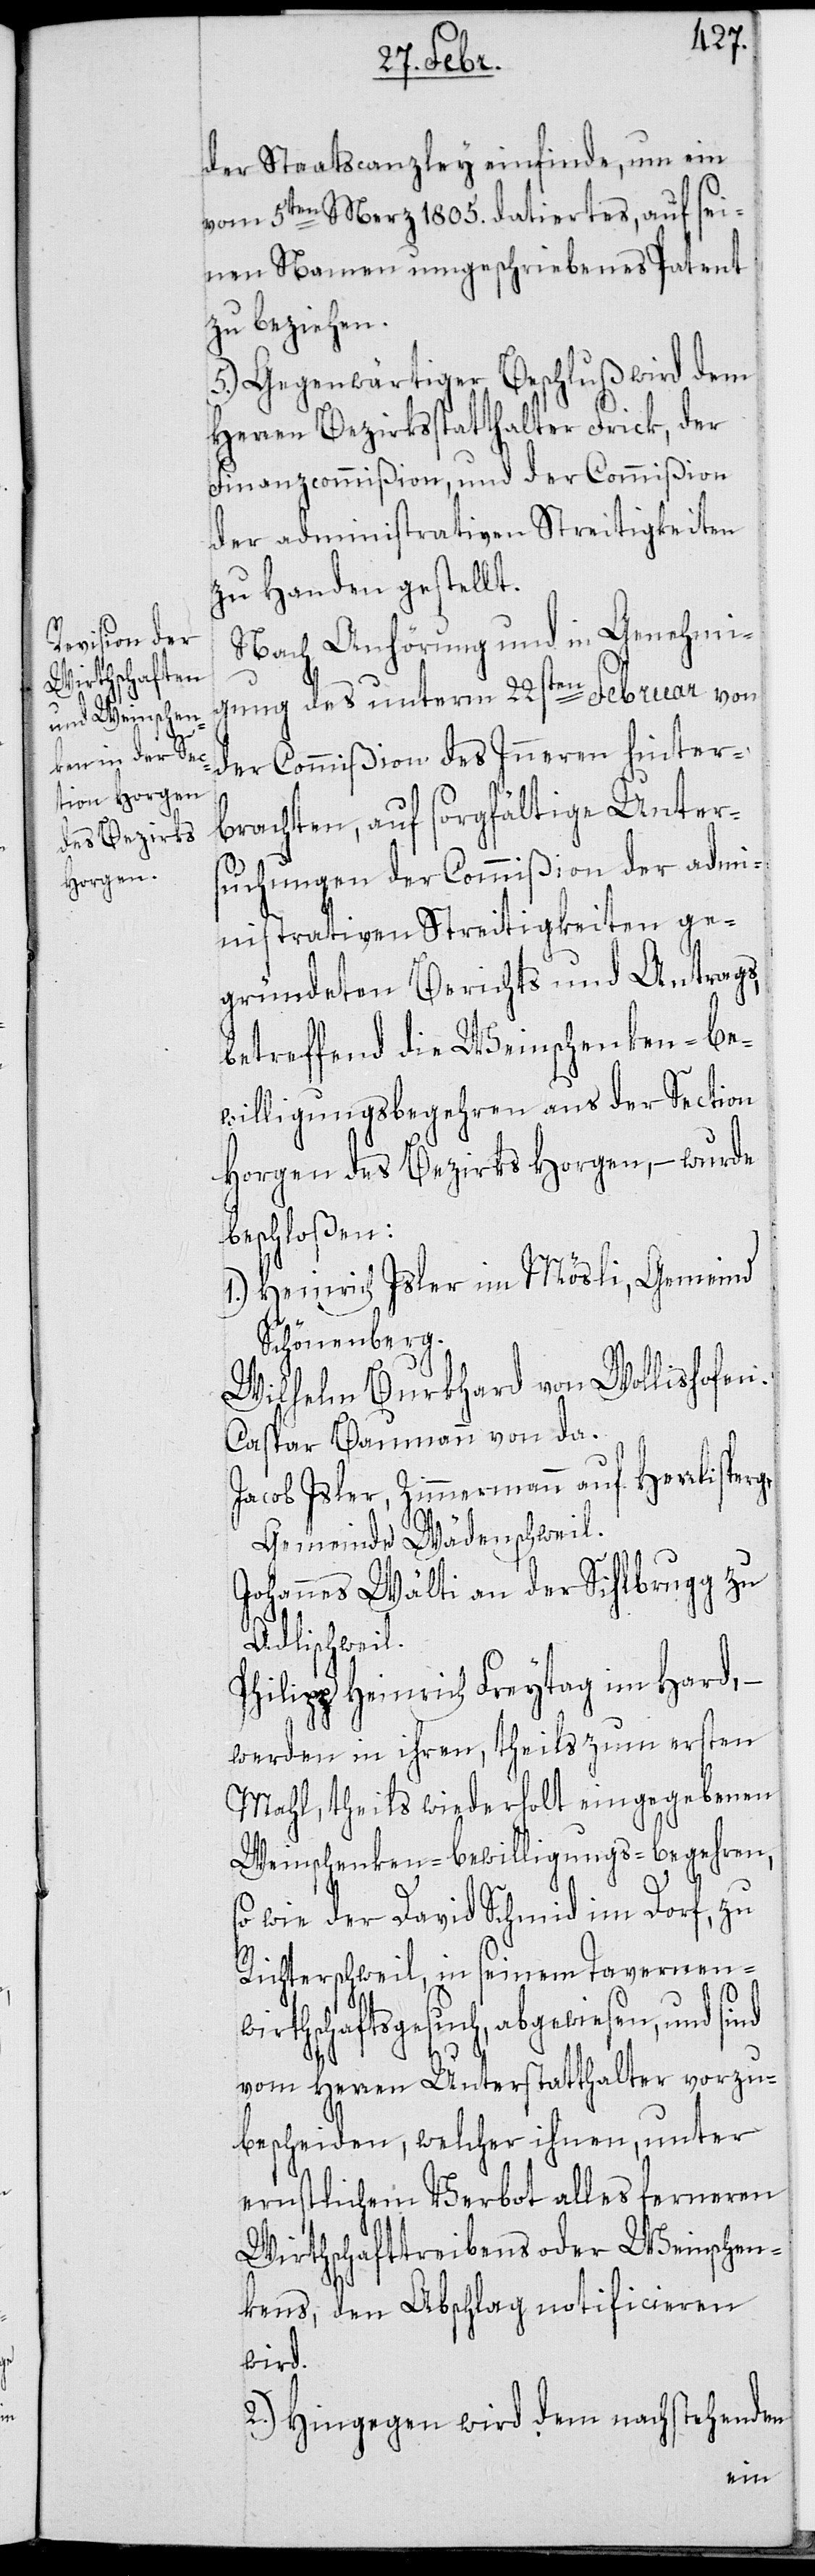
nd

der Staatscanzley einfinde, um ein
vom 5ten Merz 1805. datiertes, auf sei¬
nen Namen umgeschriebenes Patent
zu beziehen.
5.) Gegenwärtiger Beschluß wird dem
Herren Bezirksstatthalter Frick, der
Finanzcommißion und der Commißion
der administrativen Streitigkeiten
zu Handen gestellt.
Nach Anhörung und in Genehmi¬
gung des unterm 22sten Februar von
der Commißion des Inneren hinter¬
brachten, auf sorgfältige Unter¬
suchungen der Commißion der admi¬
nistrativen Streitigkeiten ge¬
gründeten Berichts und Antrags,
betreffend die Weinschenken-Be¬
willigungsbegehren aus der Section
Horgen des Bezirks Horgen, – wurde
beschloßen:
1.) Heinrich Isler im Mösli, Gemeind
Schönenberg.
Wilhelm Burkhard von Wollishofen.
Caspar Baumann von da.
Jacob Isler, Zimmermann auf Herrlisperg,
Gemeinde Wädenschweil.
Johannes Wälti an der Sihlbrugg zu
Adlischweil.
Philipp Heinrich Freytag im Hard, –
werden in ihren, theils zum ersten
Mahl, theils wiederholt eingegebenen
Weinschenken-Bewilligungs-Begehren,
sowie der David Schmid im Dorf zu
Richterschweil, in seinem Tavernenw¬
irthschaftsgesuch, abgewiesen, und si¬
vom Herren Unterstatthalter vorzu¬
bescheiden, welcher ihnen, unter
ernstlichem Verbot alles ferneren
Wirthschafttreibens oder Weinschen¬
kens, den Abschlag notificieren
wird.
2.) Hingegen wird dem nachstehenden